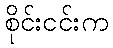
စိုင်းငင်းက